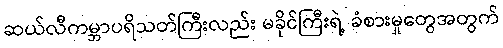
ဆယ်လီကမ္ဘာပရိသတ်ကြီးလည်း မခိုင်ကြီးရဲ့ ခံစားမှုတွေအတွက်